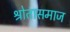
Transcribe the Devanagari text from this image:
श्रोतासमाज